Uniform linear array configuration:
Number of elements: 16
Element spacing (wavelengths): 0.75
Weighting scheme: hann
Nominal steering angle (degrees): -15
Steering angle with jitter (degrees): -15.243
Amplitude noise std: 0.05
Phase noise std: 0.05

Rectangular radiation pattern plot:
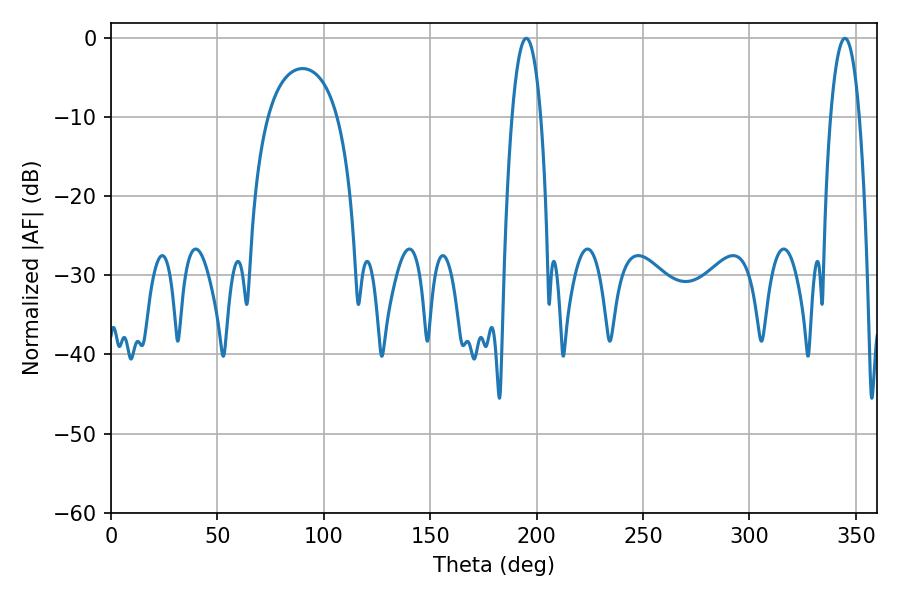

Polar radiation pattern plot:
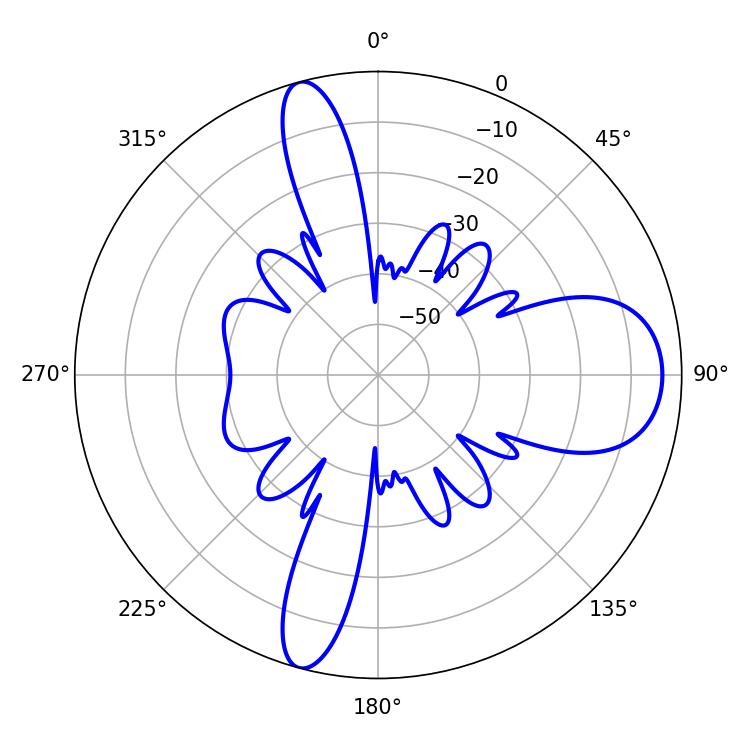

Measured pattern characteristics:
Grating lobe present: TRUE
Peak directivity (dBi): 13.019
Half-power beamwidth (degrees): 7.56
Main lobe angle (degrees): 195.12